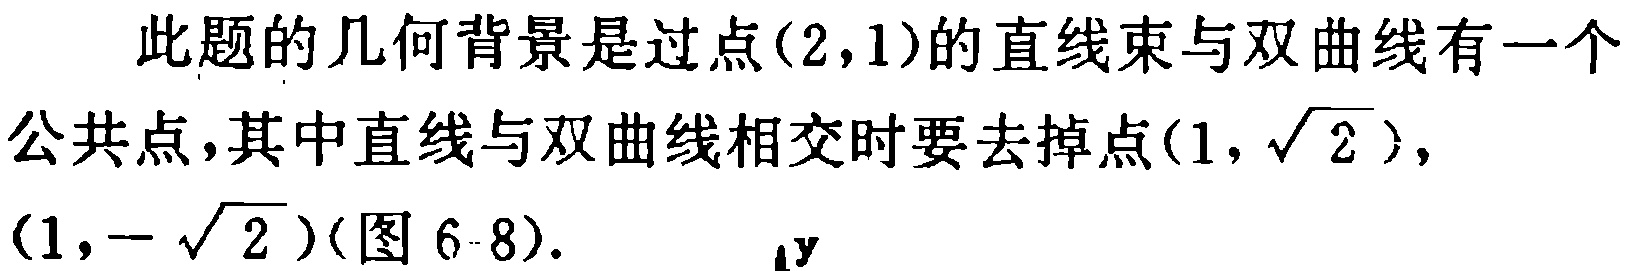
此题的几何背景是过点$(2,1)$的直线束与双曲线有一个公共点，其中直线与双曲线相交时要去掉点$(1,\sqrt{2})$，$(1,-\sqrt{2})$(图6 - 8).